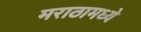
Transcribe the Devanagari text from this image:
मराठामध्ये